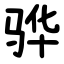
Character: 骅